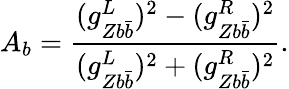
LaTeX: A_{b}=\frac{(g_{Zb\bar{b}}^{L})^{2}-(g_{Zb\bar{b}}^{R})^{2}}{(g_{Zb\bar{b}}^{L})^{2}+(g_{Zb\bar{b}}^{R})^{2}}.